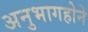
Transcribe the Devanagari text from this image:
अनुभागहोने